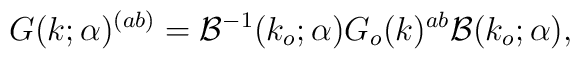
G(k;\alpha )^{(ab)}={\cal B}^{-1}(k_{o};\alpha)G_{o}(k)^{ab}{\cal B} (k_{o};\alpha ),